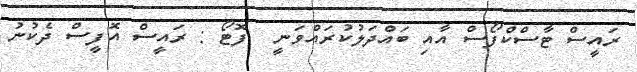
ރައީސް ޓާސްކްފޯސް އާއި ބައްދަލުކުރައްވަނީ  ފޮޓޯ : ރައީސް އޮފީސް ދެކުނު